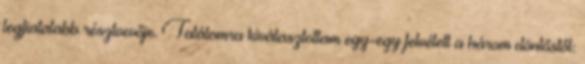
legfiatalabb résztvevője. Találomra kiválasztottam egy-egy felvételt a három döntőstől: